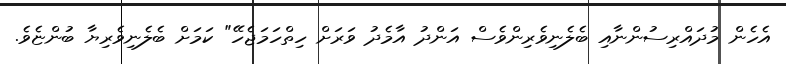
އެހެން މުދައްރިސުންނާއި ބެލެނިވެރިންވެސް އަންދު އާމެދު ވަރަށް ހިތްހަމަޖެހޭ" ކަމަށް ބެލެނިވެރިޔާ ބުންޏެވެ.